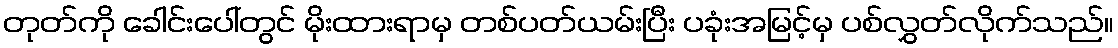
တုတ်ကို ခေါင်းပေါ်တွင် မိုးထားရာမှ တစ်ပတ်ယမ်းပြီး ပခုံးအမြင့်မှ ပစ်လွှတ်လိုက်သည်။